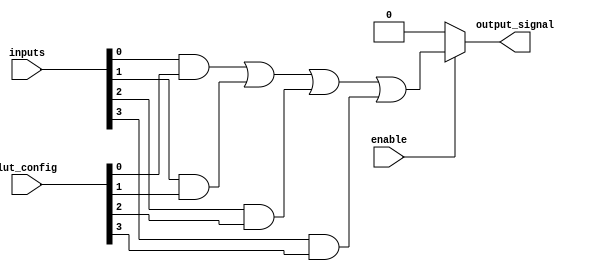
module CLB (
    input wire [3:0] inputs,         // 4 input signals
    input wire [3:0] lut_config,     // LUT configuration signals (truth table)
    input wire enable,                // Control signal to enable the LUT
    output wire output_signal         // Output signal from the CLB
);

// Internal signal for LUT output
wire lut_output;

// 4-input LUT implementation
assign lut_output = (enable) ? 
                    (inputs[0] & lut_config[0]) |
                    (inputs[1] & lut_config[1]) |
                    (inputs[2] & lut_config[2]) |
                    (inputs[3] & lut_config[3]) : 1'b0;

// Output routing
assign output_signal = lut_output;

endmodule